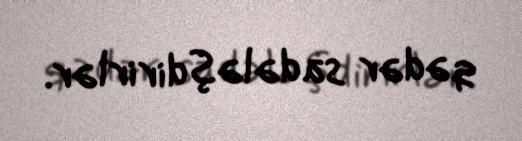
qədər sadələşdirirlər.